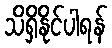
သိရှိနိုင်ပါရန်